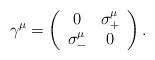
LaTeX: \begin{align*}\gamma^{\mu}=\left( \begin{array}{cc}0 & \sigma^{\mu}_{+} \\\sigma^{\mu}_{-} & 0\end{array}\right) .\end{align*}